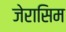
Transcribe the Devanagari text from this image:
जेरासिम